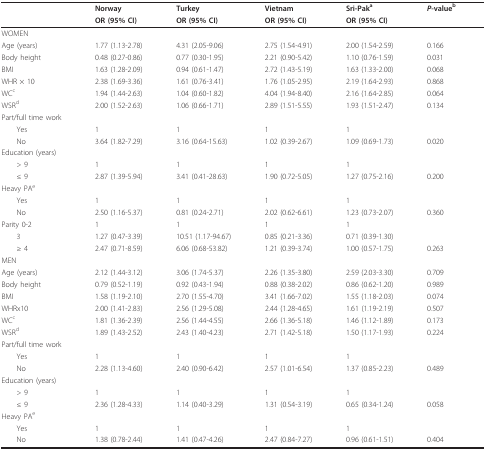
<table><thead><tr><td></td><td><b>Norway</b></td><td><b>Turkey</b></td><td><b>Vietnam</b></td><td><b>Sri-Pak<sup>a</sup></b></td><td><b><i>P</i>-value<sup>b</sup></b></td></tr><tr><td></td><td><b>OR (95% CI)</b></td><td><b>OR (95% CI)</b></td><td><b>OR (95% CI)</b></td><td><b>OR (95% CI)</b></td><td></td></tr></thead><tbody><tr><td>WOMEN</td><td></td><td></td><td></td><td></td><td></td></tr><tr><td>Age (years)</td><td>1.77 (1.13-2.78)</td><td>4.31 (2.05-9.06)</td><td>2.75 (1.54-4.91)</td><td>2.00 (1.54-2.59)</td><td>0.166</td></tr><tr><td>Body height</td><td>0.48 (0.27-0.86)</td><td>0.77 (0.30-1.95)</td><td>2.21 (0.90-5.42)</td><td>1.10 (0.76-1.59)</td><td>0.031</td></tr><tr><td>BMI</td><td>1.63 (1.28-2.09)</td><td>0.94 (0.61-1.47)</td><td>2.72 (1.43-5.19)</td><td>1.63 (1.33-2.00)</td><td>0.068</td></tr><tr><td>WHR × 10</td><td>2.38 (1.69-3.36)</td><td>1.61 (0.76-3.41)</td><td>1.76 (1.05-2.95)</td><td>2.19 (1.64-2.93)</td><td>0.868</td></tr><tr><td>WC<sup>c</sup></td><td>1.94 (1.44-2.63)</td><td>1.04 (0.60-1.82)</td><td>4.04 (1.94-8.40)</td><td>2.16 (1.64-2.85)</td><td>0.064</td></tr><tr><td>WSR<sup>d</sup></td><td>2.00 (1.52-2.63)</td><td>1.06 (0.66-1.71)</td><td>2.89 (1.51-5.55)</td><td>1.93 (1.51-2.47)</td><td>0.134</td></tr><tr><td>Part/full time work</td><td></td><td></td><td></td><td></td><td></td></tr><tr><td> Yes</td><td>1</td><td>1</td><td>1</td><td>1</td><td></td></tr><tr><td> No</td><td>3.64 (1.82-7.29)</td><td>3.16 (0.64-15.63)</td><td>1.02 (0.39-2.67)</td><td>1.09 (0.69-1.73)</td><td>0.020</td></tr><tr><td>Education (years)</td><td></td><td></td><td></td><td></td><td></td></tr><tr><td> &gt; 9</td><td>1</td><td>1</td><td>1</td><td>1</td><td></td></tr><tr><td> ≤ 9</td><td>2.87 (1.39-5.94)</td><td>3.41 (0.41-28.63)</td><td>1.90 (0.72-5.05)</td><td>1.27 (0.75-2.16)</td><td>0.200</td></tr><tr><td>Heavy PA<sup>e</sup></td><td></td><td></td><td></td><td></td><td></td></tr><tr><td> Yes</td><td>1</td><td>1</td><td>1</td><td>1</td><td></td></tr><tr><td> No</td><td>2.50 (1.16-5.37)</td><td>0.81 (0.24-2.71)</td><td>2.02 (0.62-6.61)</td><td>1.23 (0.73-2.07)</td><td>0.360</td></tr><tr><td>Parity 0-2</td><td>1</td><td>1</td><td>1</td><td>1</td><td></td></tr><tr><td> 3</td><td>1.27 (0.47-3.39)</td><td>10.51 (1.17-94.67)</td><td>0.85 (0.21-3.36)</td><td>0.71 (0.39-1.30)</td><td></td></tr><tr><td> ≥ 4</td><td>2.47 (0.71-8.59)</td><td>6.06 (0.68-53.82)</td><td>1.21 (0.39-3.74)</td><td>1.00 (0.57-1.75)</td><td>0.263</td></tr><tr><td>MEN</td><td></td><td></td><td></td><td></td><td></td></tr><tr><td>Age (years)</td><td>2.12 (1.44-3.12)</td><td>3.06 (1.74-5.37)</td><td>2.26 (1.35-3.80)</td><td>2.59 (2.03-3.30)</td><td>0.709</td></tr><tr><td>Body height</td><td>0.79 (0.52-1.19)</td><td>0.92 (0.43-1.94)</td><td>0.88 (0.38-2.02)</td><td>0.86 (0.62-1.20)</td><td>0.989</td></tr><tr><td>BMI</td><td>1.58 (1.19-2.10)</td><td>2.70 (1.55-4.70)</td><td>3.41 (1.66-7.02)</td><td>1.55 (1.18-2.03)</td><td>0.074</td></tr><tr><td>WHRx10</td><td>2.00 (1.41-2.83)</td><td>2.56 (1.29-5.08)</td><td>2.44 (1.28-4.65)</td><td>1.61 (1.19-2.19)</td><td>0.507</td></tr><tr><td>WC<sup>c</sup></td><td>1.81 (1.36-2.39)</td><td>2.56 (1.44-4.55)</td><td>2.66 (1.36-5.18)</td><td>1.46 (1.12-1.89)</td><td>0.173</td></tr><tr><td>WSR<sup>d</sup></td><td>1.89 (1.43-2.52)</td><td>2.43 (1.40-4.23)</td><td>2.71 (1.42-5.18)</td><td>1.50 (1.17-1.93)</td><td>0.224</td></tr><tr><td>Part/full time work</td><td></td><td></td><td></td><td></td><td></td></tr><tr><td> Yes</td><td>1</td><td>1</td><td>1</td><td>1</td><td></td></tr><tr><td> No</td><td>2.28 (1.13-4.60)</td><td>2.40 (0.90-6.42)</td><td>2.57 (1.01-6.54)</td><td>1.37 (0.85-2.23)</td><td>0.489</td></tr><tr><td>Education (years)</td><td></td><td></td><td></td><td></td><td></td></tr><tr><td> &gt; 9</td><td>1</td><td>1</td><td>1</td><td>1</td><td></td></tr><tr><td> ≤ 9</td><td>2.36 (1.28-4.33)</td><td>1.14 (0.40-3.29)</td><td>1.31 (0.54-3.19)</td><td>0.65 (0.34-1.24)</td><td>0.058</td></tr><tr><td>Heavy PA<sup>e</sup></td><td></td><td></td><td></td><td></td><td></td></tr><tr><td> Yes</td><td>1</td><td>1</td><td>1</td><td>1</td><td></td></tr><tr><td> No</td><td>1.38 (0.78-2.44)</td><td>1.41 (0.47-4.26)</td><td>2.47 (0.84-7.27)</td><td>0.96 (0.61-1.51)</td><td>0.404</td></tr></tbody></table>